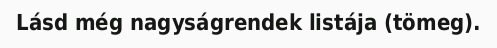
Lásd még nagyságrendek listája (tömeg).